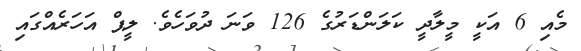
މެއި 6 އަކީ މީލާދީ ކަލަންޑަރުގެ 126 ވަނަ ދުވަހެވެ. ލީޕް އަހަރެއްގައި